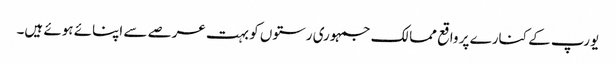
یورپ کے کنارے پر واقع ممالک جمہوری رستوں کو بہت عرصے سے اپنائے ہوئے ہیں۔